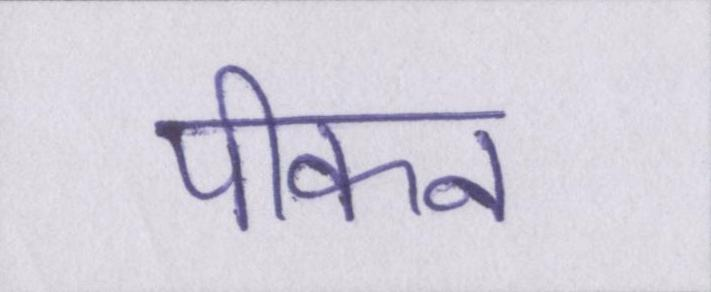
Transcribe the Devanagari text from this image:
पीकन